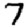
Digit: 7